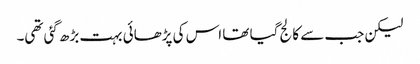
لیکن جب سے کالج گیا تھا اس کی پڑھائی بہت بڑھ گئی تھی۔